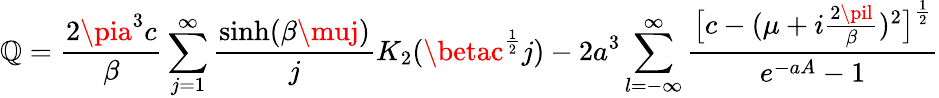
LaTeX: \mathbb{Q}=\frac{{2\pia^{3}c}}{{\beta}}\sum_{j=1}^{\infty}\frac{{\sinh(\beta\muj)}}{{j}}K_{2}(\betac^{\frac{{1}}{{2}}}j)-2a^{3}\sum_{l=-\infty}^{\infty}\frac{{\bigl[c-(\mu+i\frac{{2\pil}}{{\beta}})^{2}\bigr]^{\frac{{1}}{{2}}}}}{{e^{-aA}-1}}